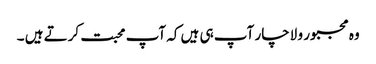
وہ مجبور و لاچار آپ ہی ہیں کہ آپ محبت کرتے ہیں ۔